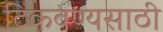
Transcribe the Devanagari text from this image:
टिकवण्यसाठी